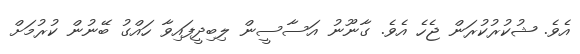
އެވެ. ޝުކުރުކުރަން ޖެހެ އެެވެ. ގާނޫނު އަސާސީން ލިބިދީފައިވާ ހައްގު ބޭނުން ކުރުމަށް